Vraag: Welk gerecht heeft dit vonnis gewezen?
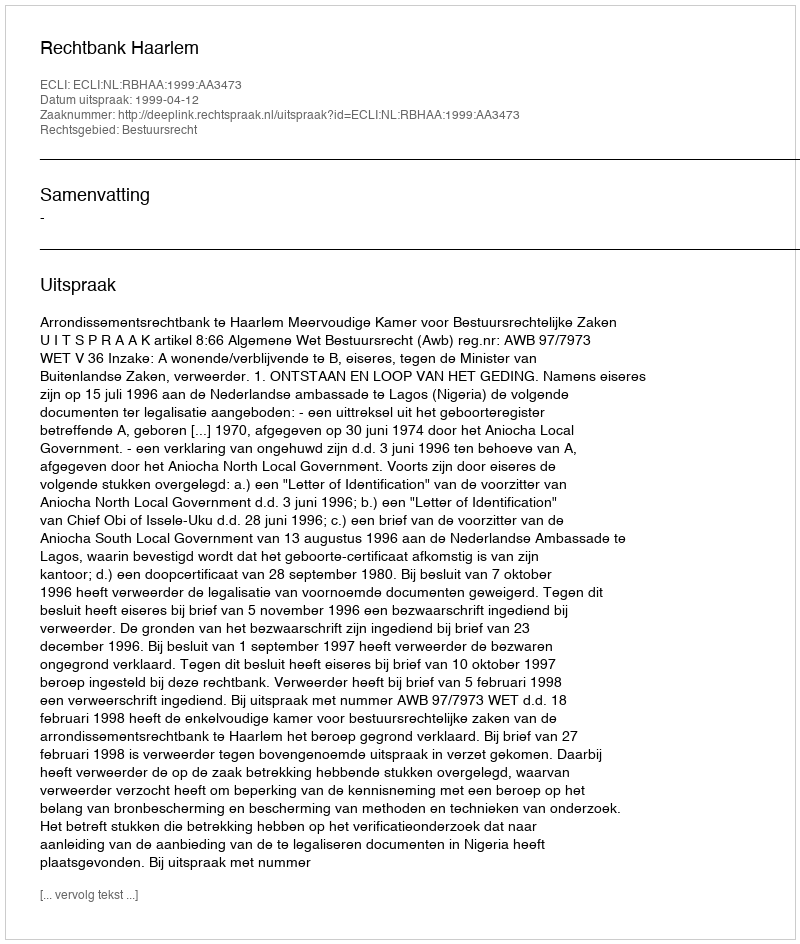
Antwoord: Rechtbank Haarlem